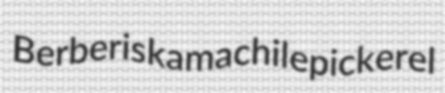
Berberis kamachile pickerel